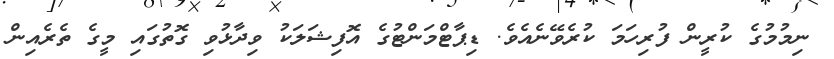
ނިމުމުގެ ކުރީން ފުރިހަމަ ކުރެވޭނެއެވެ. ޑިޕާޓްމަންޓުގެ އޮފިޝަލަކު ވިދާޅުވި ގޮތުގައި މީގެ ތެރެއިން